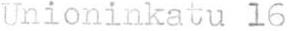
Unioninkatu 16